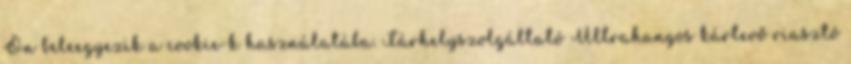
Ön beleegyezik a cookie-k használatába. Tárhelyszolgáltató Ultrahangos kártevő riasztó